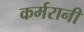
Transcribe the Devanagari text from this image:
कर्मरानी